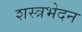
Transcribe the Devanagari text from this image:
शस्त्रभेदन